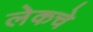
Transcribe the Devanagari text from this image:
लेकचे